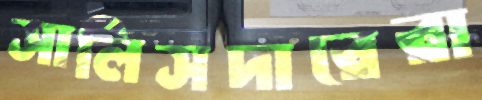
সালিসদারেরা